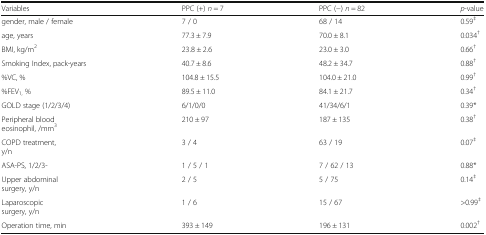
<table><thead><tr><td><b>Variables</b></td><td><b>PPC (+) <i>n</i> = 7</b></td><td><b>PPC (−) <i>n</i> = 82</b></td><td><b><i>p</i>-value</b></td></tr></thead><tbody><tr><td>gender, male / female</td><td>7 / 0</td><td>68 / 14</td><td>0.59<sup>‡</sup></td></tr><tr><td>age, years</td><td>77.3 ± 7.9</td><td>70.0 ± 8.1</td><td>0.034<sup>†</sup></td></tr><tr><td>BMI, kg/m<sup>2</sup></td><td>23.8 ± 2.6</td><td>23.0 ± 3.0</td><td>0.66<sup>†</sup></td></tr><tr><td>Smoking Index, pack-years</td><td>40.7 ± 8.6</td><td>48.2 ± 34.7</td><td>0.88<sup>†</sup></td></tr><tr><td>%VC, %</td><td>104.8 ± 15.5</td><td>104.0 ± 21.0</td><td>0.99<sup>†</sup></td></tr><tr><td>%FEV<sub>1,</sub> %</td><td>89.5 ± 11.0</td><td>84.1 ± 21.7</td><td>0.34<sup>†</sup></td></tr><tr><td>GOLD stage (1/2/3/4)</td><td>6/1/0/0</td><td>41/34/6/1</td><td>0.39*</td></tr><tr><td>Peripheral blood eosinophil, /mm<sup>3</sup></td><td>210 ± 97</td><td>187 ± 135</td><td>0.38<sup>†</sup></td></tr><tr><td>COPD treatment, y/n</td><td>3 / 4</td><td>63 / 19</td><td>0.07<sup>‡</sup></td></tr><tr><td>ASA-PS, 1/2/3-</td><td>1 / 5 / 1</td><td>7 / 62 / 13</td><td>0.88*</td></tr><tr><td>Upper abdominal surgery, y/n</td><td>2 / 5</td><td>5 / 75</td><td>0.14<sup>‡</sup></td></tr><tr><td>Laparoscopic surgery, y/n</td><td>1 / 6</td><td>15 / 67</td><td>&gt;0.99<sup>‡</sup></td></tr><tr><td>Operation time, min</td><td>393 ± 149</td><td>196 ± 131</td><td>0.002<sup>†</sup></td></tr></tbody></table>